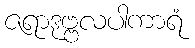
ဇရာဒုဗ္ဗလပါကာရံ